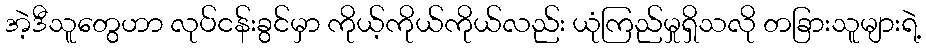
အဲ့ဒီသူတွေဟာ လုပ်ငန်းခွင်မှာ ကိုယ့်ကိုယ်ကိုယ်လည်း ယုံကြည်မှုရှိသလို တခြားသူများရဲ့